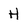
Character: H